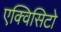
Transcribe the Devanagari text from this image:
एक्विसिटो